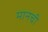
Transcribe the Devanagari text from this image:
मानची